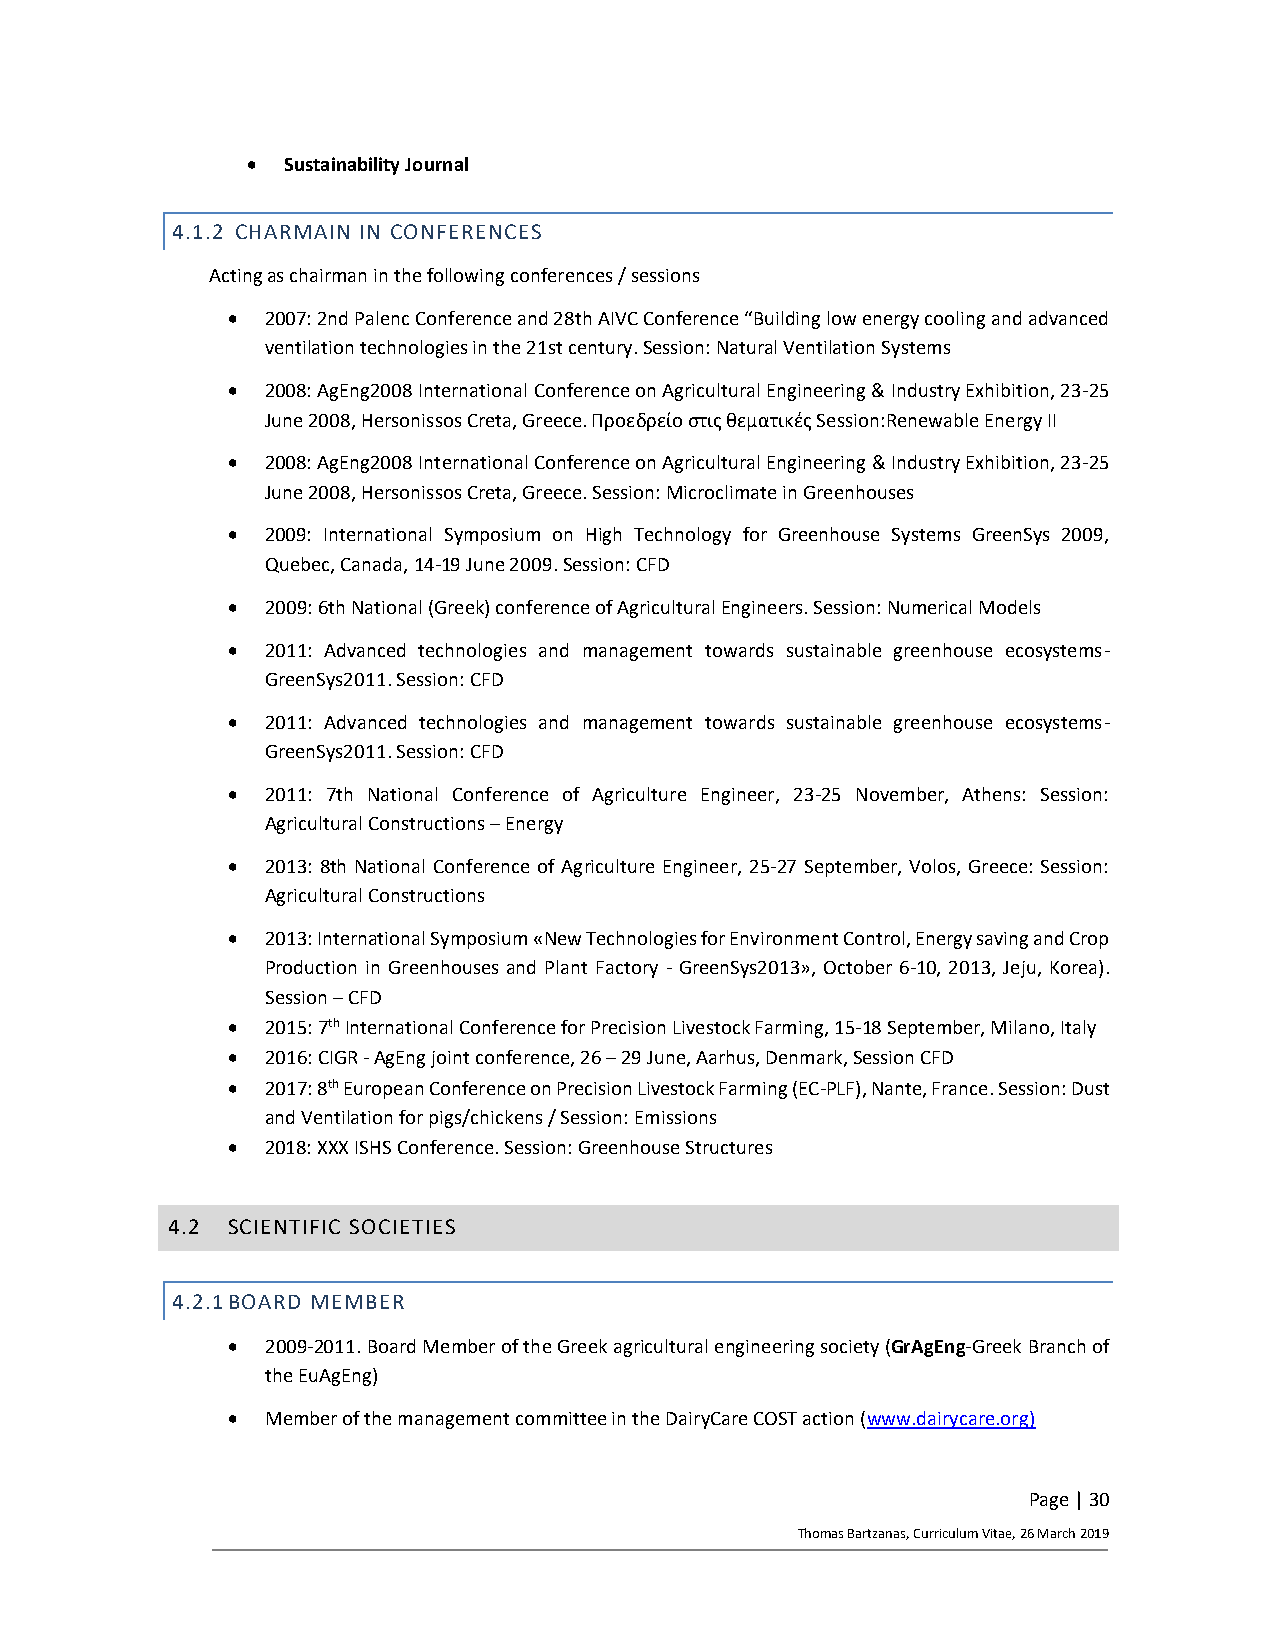
•  Sustainability Journal
 4.1.2 CHARMAIN IN CONFERENCES
 Acting as chairman in the following conferences / sessions
 •  2007: 2nd Palenc Conference and 28th AIVC Conference “Building low energy cooling and advanced
 ventilation technologies in the 21st century. Session: Natural Ventilation Systems
 •  2008: AgEng2008 International Conference on Agricultural Engineering & Industry Exhibition, 23-25
 June 2008, Hersonissos Creta, Greece. Προεδρείο στις θεματικές Session:Renewable Energy II
 •  2008: AgEng2008 International Conference on Agricultural Engineering & Industry Exhibition, 23-25
 June 2008, Hersonissos Creta, Greece. Session: Microclimate in Greenhouses
 •  2009: International Symposium on High Technology for Greenhouse Systems GreenSys 2009,
 Quebec, Canada, 14-19 June 2009. Session: CFD
 •  2009: 6th National (Greek) conference of Agricultural Engineers. Session: Numerical Models
 •  2011: Advanced technologies and management towards sustainable greenhouse ecosystems-
 GreenSys2011. Session: CFD
 •  2011: Advanced technologies and management towards sustainable greenhouse ecosystems-
 GreenSys2011. Session: CFD
 •  2011: 7th National Conference of Agriculture Engineer, 23-25 November, Athens: Session:
 Agricultural Constructions – Energy
 •  2013: 8th National Conference of Agriculture Engineer, 25-27 September, Volos, Greece: Session:
 Agricultural Constructions
 •  2013: International Symposium «New Technologies for Environment Control, Energy saving and Crop
 Production in Greenhouses and Plant Factory - GreenSys2013», October 6-10, 2013, Jeju, Korea).
 Session – CFD
 •  2015: 7th International Conference for Precision Livestock Farming, 15-18 September, Milano, Italy
 •  2016: CIGR - AgEng joint conference, 26 – 29 June, Aarhus, Denmark, Session CFD
 •  2017: 8th European Conference on Precision Livestock Farming (EC-PLF), Nante, France. Session: Dust
 and Ventilation for pigs/chickens / Session: Emissions
 •  2018: XXX ISHS Conference. Session: Greenhouse Structures
 4.2 SCIENTIFIC SOCIETIES
 4.2.1 BOARD MEMBER
 •  2009-2011. Board Member of the Greek agricultural engineering society (GrAgEng-Greek Branch of
 the EuAgEng)
 •  Member of the management committee in the DairyCare COST action (www.dairycare.org)
 Page | 30
 Thomas Bartzanas, Curriculum Vitae, 26 March 2019